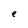
Character: e